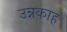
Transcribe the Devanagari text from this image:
उन्नकाह